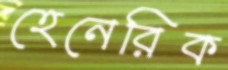
হেনেরিক